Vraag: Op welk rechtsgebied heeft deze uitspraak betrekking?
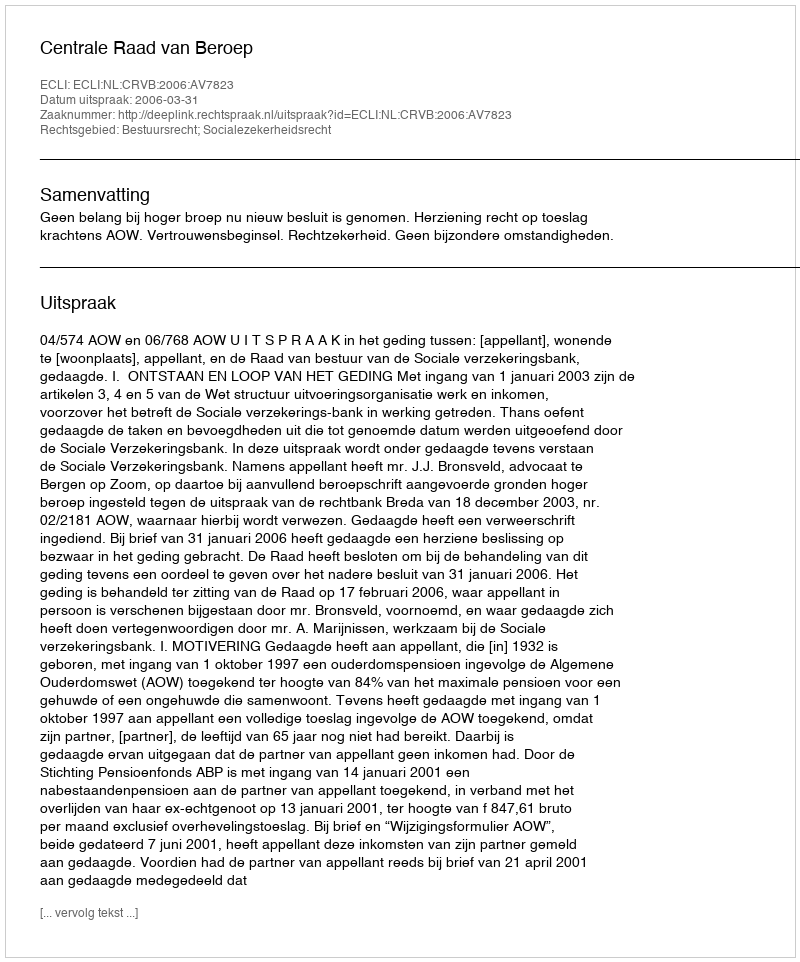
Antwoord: Bestuursrecht; Socialezekerheidsrecht